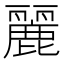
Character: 麗